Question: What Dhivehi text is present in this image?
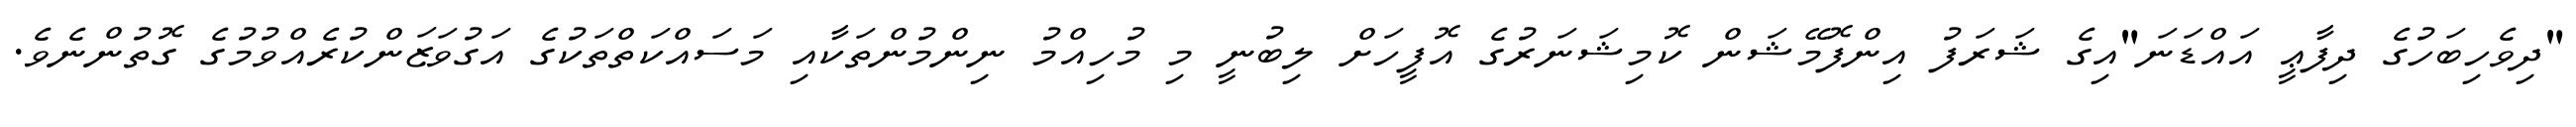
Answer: "ދިވެހިބަހުގެ ދިފާޢީ އައްޑަނަ"އިގެ ޝަރަފު އިންފޮމޭޝަން ކޮމިޝަނަރުގެ އޮފީހަށް ލިބުނީ މި މުހިއްމު ނިންމުންތަކާއި މަސައްކަތްތަކުގެ އަގުވަޒަންކުރެއްވުމުގެ ގޮތުންނެވެ.